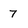
Character: 7